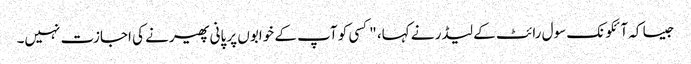
جیسا کہ آئکونک سول رائٹ کے لیڈر نے کہا، "کسی کو آپ کے خوابوں پر پانی پھیرنے کی اجازت نہیں۔